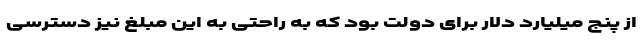
از پنج میلیارد دلار برای دولت بود که به راحتی به این مبلغ نیز دسترسی